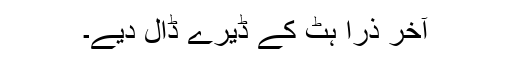
آخر ذرا ہٹ کے ڈیرے ڈال دیے۔